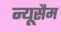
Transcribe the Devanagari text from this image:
न्यूसैम